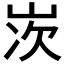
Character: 𡷑